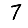
Digit: 7